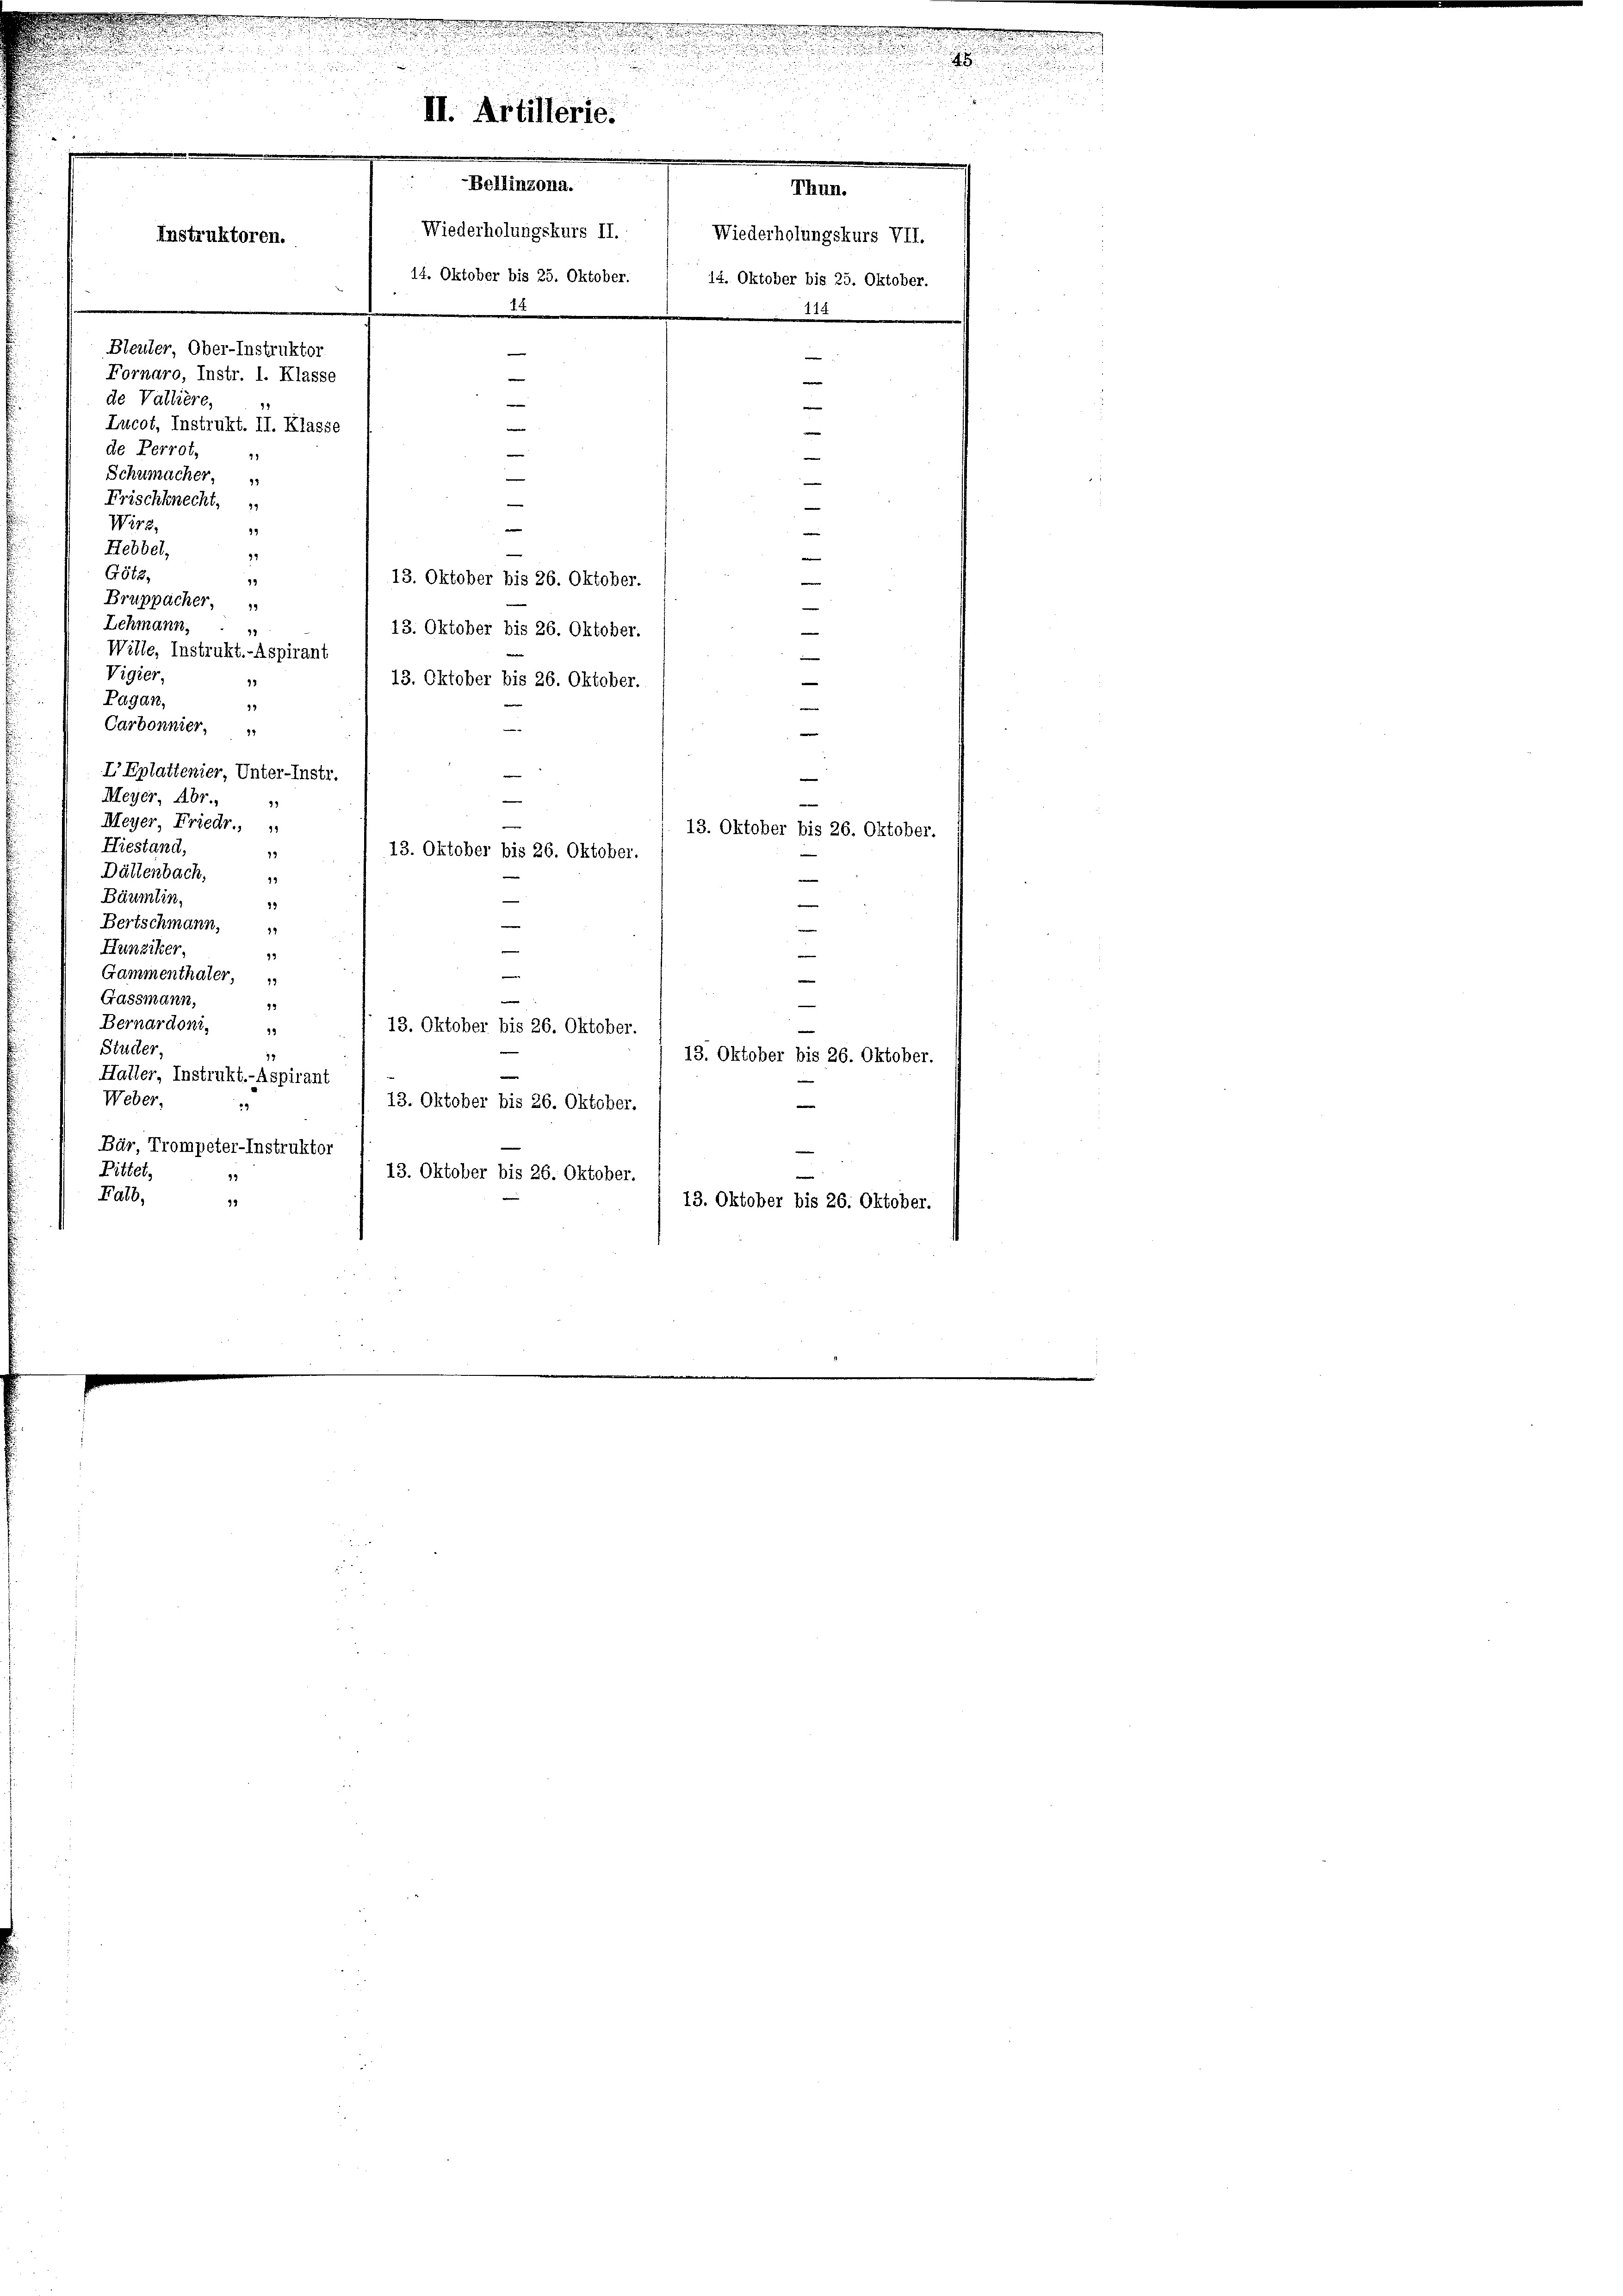
wurde nich
55. 35

35
II. Artillerie.
Bellinzona.
Thun.
Wiederholungskurs II.
Wiederholungskurs VII.
Instruktoren.
14. Oktober bis 25. Oktober. / 14. Oktober bis 25. Oktober.

75
Bleuler Ober-Instruktor
e
Fornaro, Instr. I. Klasse
e
de Valliere,
Lucot, Instrukt. II. Klasse
de Perrot,

Schumacher
e
e
Frischknecht.

nade sehen, u. in der eine

u

.

u
,

2

Wirz,
e
19
Hebbel,
32
Götz,
13. Oktober bis 26. Oktober.
13
Bruppacher,
Lehmann,
13. Oktober bis 26. Oktober.
72
—
Wille, Instrukt.-Aspirant
|
Vigier,
—
13. Oktober bis 26. Oktober.
18
Pagan,
12
Carbonnier,
—
IEplattenier, Unter-Instr
Meyer, Abr.,
Meyer Friedr.,
13. Oktober bis 26. Oktober.
Hiestand,
19
13. Oktober bis 26. Oktober.
Dültenbach,
12
Bäumlin,
33
Bertschmann,
Hunziker,
99
n
Gammenthaler
e
e
Gassmann,
13
Bernardoni,
13. Oktober bis 26. Oktober.
99
Stücker,
13. Oktober bis 26. Oktober.
Haller, Instrukt.-Aspirant
Weber,
13. Oktober bis 26. Oktober.
29
Bär, Trompeter-Instruktor
Bittet,
13. Oktober bis 26. Oktober.
99
Falb,
92
13. Oktober bis 26. Oktober.